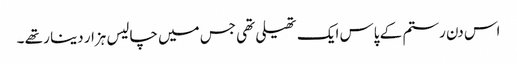
اس دن رستم کے پاس ایک تھیلی تھی جس میں چالیس ہزار دینا ر تھے ۔